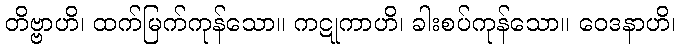
တိဗ္ဗာဟိ၊ ထက်မြက်ကုန်သော။ ကဋုကာဟိ၊ ခါးစပ်ကုန်သော။ ဝေဒနာဟိ၊